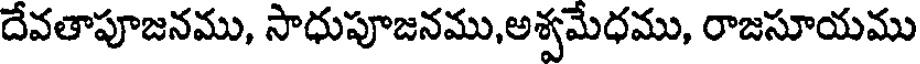
దేవతాపూజనము, సాధుపూజనము,అశ్వమేధము, రాజసూయము